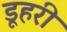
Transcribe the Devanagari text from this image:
डूहरी